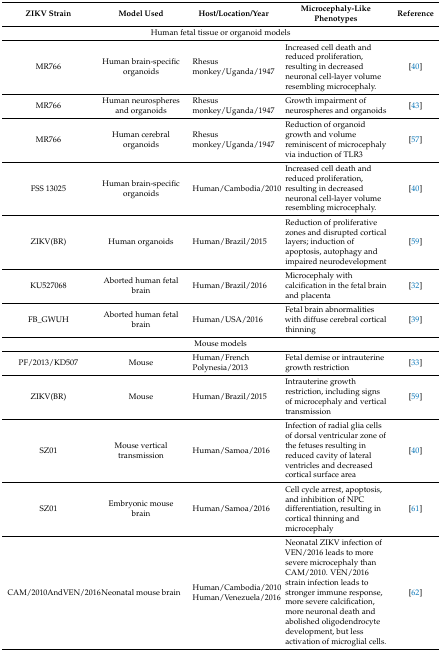
<table><thead><tr><td><b>ZIKV Strain</b></td><td><b>Model Used</b></td><td><b>Host/Location/Year</b></td><td><b>Microcephaly-Like Phenotypes</b></td><td><b>Reference</b></td></tr></thead><tbody><tr><td colspan="5">Human fetal tissue or organoid models</td></tr><tr><td>MR766</td><td>Human brain-specific organoids</td><td>Rhesus monkey/Uganda/1947</td><td>Increased cell death and reduced proliferation, resulting in decreased neuronal cell-layer volume resembling microcephaly.</td><td>[40]</td></tr><tr><td>MR766</td><td>Human neurospheres and organoids</td><td>Rhesus monkey/Uganda/1947</td><td>Growth impairment of neurospheres and organoids</td><td>[43]</td></tr><tr><td>MR766</td><td>Human cerebral organoids</td><td>Rhesus monkey/Uganda/1947</td><td>Reduction of organoid growth and volume reminiscent of microcephaly via induction of TLR3</td><td>[57]</td></tr><tr><td>FSS 13025</td><td>Human brain-specific organoids</td><td>Human/Cambodia/2010</td><td>Increased cell death and reduced proliferation, resulting in decreased neuronal cell-layer volume resembling microcephaly.</td><td>[40]</td></tr><tr><td>ZIKV(BR)</td><td>Human organoids</td><td>Human/Brazil/2015</td><td>Reduction of proliferative zones and disrupted cortical layers; induction of apoptosis, autophagy and impaired neurodevelopment</td><td>[59]</td></tr><tr><td>KU527068</td><td>Aborted human fetal brain</td><td>Human/Brazil/2016</td><td>Microcephaly with calcification in the fetal brain and placenta</td><td>[32]</td></tr><tr><td>FB_GWUH</td><td>Aborted human fetal brain</td><td>Human/USA/2016</td><td>Fetal brain abnormalities with diffuse cerebral cortical thinning</td><td>[39]</td></tr><tr><td colspan="5">Mouse models</td></tr><tr><td>PF/2013/KD507</td><td>Mouse</td><td>Human/French Polynesia/2013</td><td>Fetal demise or intrauterine growth restriction</td><td>[33]</td></tr><tr><td>ZIKV(BR)</td><td>Mouse</td><td>Human/Brazil/2015</td><td>Intrauterine growth restriction, including signs of microcephaly and vertical transmission</td><td>[59]</td></tr><tr><td>SZ01</td><td>Mouse vertical transmission</td><td>Human/Samoa/2016</td><td>Infection of radial glia cells of dorsal ventricular zone of the fetuses resulting in reduced cavity of lateral ventricles and decreased cortical surface area</td><td>[40]</td></tr><tr><td>SZ01</td><td>Embryonic mouse brain</td><td>Human/Samoa/2016</td><td>Cell cycle arrest, apoptosis, and inhibition of NPC differentiation, resulting in cortical thinning and microcephaly</td><td>[61]</td></tr><tr><td>CAM/2010AndVEN/2016</td><td>Neonatal mouse brain</td><td>Human/Cambodia/2010Human/Venezuela/2016</td><td>Neonatal ZIKV infection of VEN/2016 leads to more severe microcephaly than CAM/2010. VEN/2016 strain infection leads to stronger immune response, more severe calcification, more neuronal death and abolished oligodendrocyte development, but less activation of microglial cells.</td><td>[62]</td></tr></tbody></table>